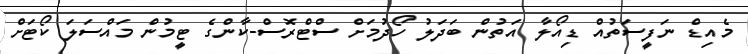
މެއިޑް ނަފީސަތުއް ޑިއޯލާ އަތުން ބަދަލު ހޯދުމަށް ސްޓްރޮސް-ކާންގެ ޓީމުން މައްސަލަ ކޯޓަށް